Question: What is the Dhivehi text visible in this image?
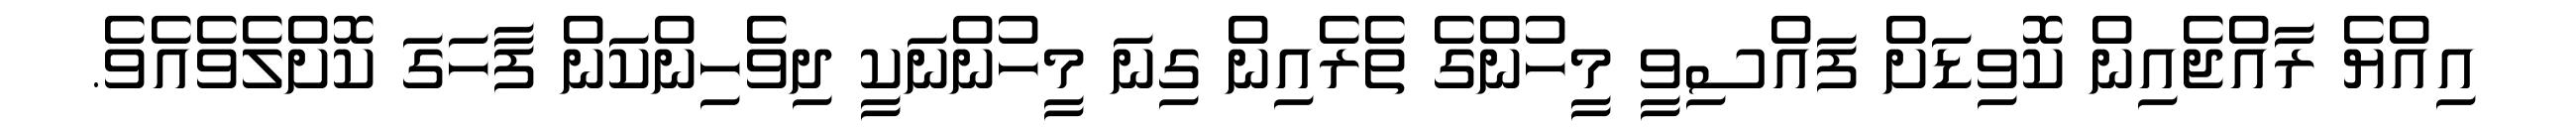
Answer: އިއްޔެ ރާއްޖެއިން ކޮވިޑަށް ފައްސިވީ މީހުންގެ ތެރެއިން ގިނަ މީހުންނަކީ ދިވެހިންކަން ފާހަގަ ކޮށްލެވެއެވެ.